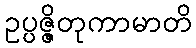
ဥပ္ပဇ္ဇိတုကာမာတိ